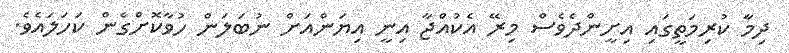
ދިމާ ކުރިމަތީގައި އިށީންދެވެސް މިރޭ އެކުއްޖާ އިނީ އިޔަންއަށް ނުބަލަން ހުވާކޮށްގެން ކަހަލައެވެ.